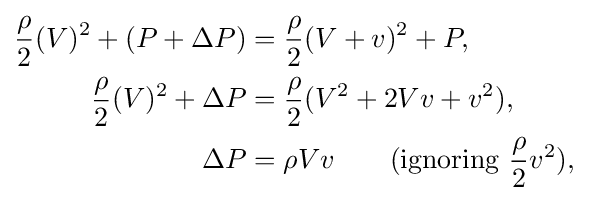
{\begin{aligned}{\frac {\rho }{2}}(V)^{2}+(P+\Delta P)&={\frac {\rho }{2}}(V+v)^{2}+P,\,\\{\frac {\rho }{2}}(V)^{2}+\Delta P&={\frac {\rho }{2}}(V^{2}+2Vv+v^{2}),\,\\\Delta P&=\rho Vv\qquad {\text{(ignoring }}{\frac {\rho }{2}}v^{2}),\,\end{aligned}}